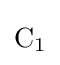
{\mathrm {C} {\vphantom {A}}_{\smash[{t}]{1}}}